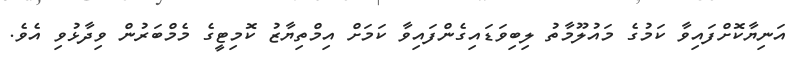
އަނިޔާކޮށްފައިވާ ކަމުގެ މައުލޫމާތު ލިބިވަޑައިގެންފައިވާ ކަމަށް އިމްތިޔާޒު ކޮމިޓީގެ މެމްބަރުން ވިދާޅުވި އެވެ.